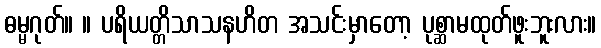
ဓမ္မဂုတ်။ ။ ပရိယတ္တိသာသနဟိတ အသင်းမှာတော့ ပုစ္ဆာမထုတ်ဖူးဘူးလား။